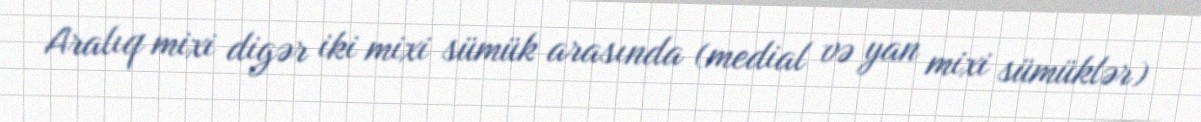
Aralıq mixi digər iki mixi sümük arasında (medial və yan mixi sümüklər)